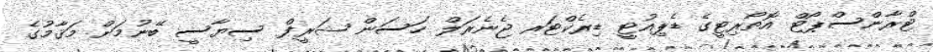
ޓްރާންސްޕޯޓް އޮތޯރިޓީގެ ޑެޕިއުޓީ ޑިރެކްޓަރ ޖެނެރަލް ހަސަން ޝަރީފް ސިޔާސީ ބޭނުމަށް މަޤާމުގެ